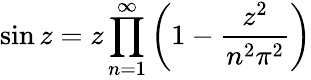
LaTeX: \sin z=z\prod_{n=1}^{\infty}\left(1-{\frac{z^{2}}{n^{2}\pi^{2}}}\right)